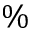
\%